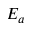
E _ { a }